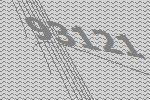
93121